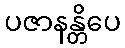
ပဇာနန္တိပေ